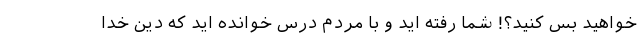
خواهید بس کنید؟! شما رفته اید و با مردم درس خوانده اید که دین خدا